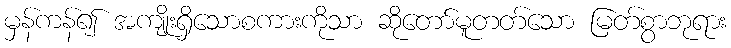
မှန်ကန်၍ အကျိုးရှိသောစကားကိုသာ ဆိုတော်မူတတ်သော မြတ်စွာဘုရား